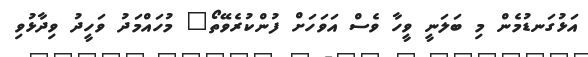
އަޅުގަނޑުމެން މި ބަލަނީ ވީހާ ވެސް އަވަހަށް ފުންކުރެވޭތޯ" މުހައްމަދު ވަހީދު ވިދާޅުވި